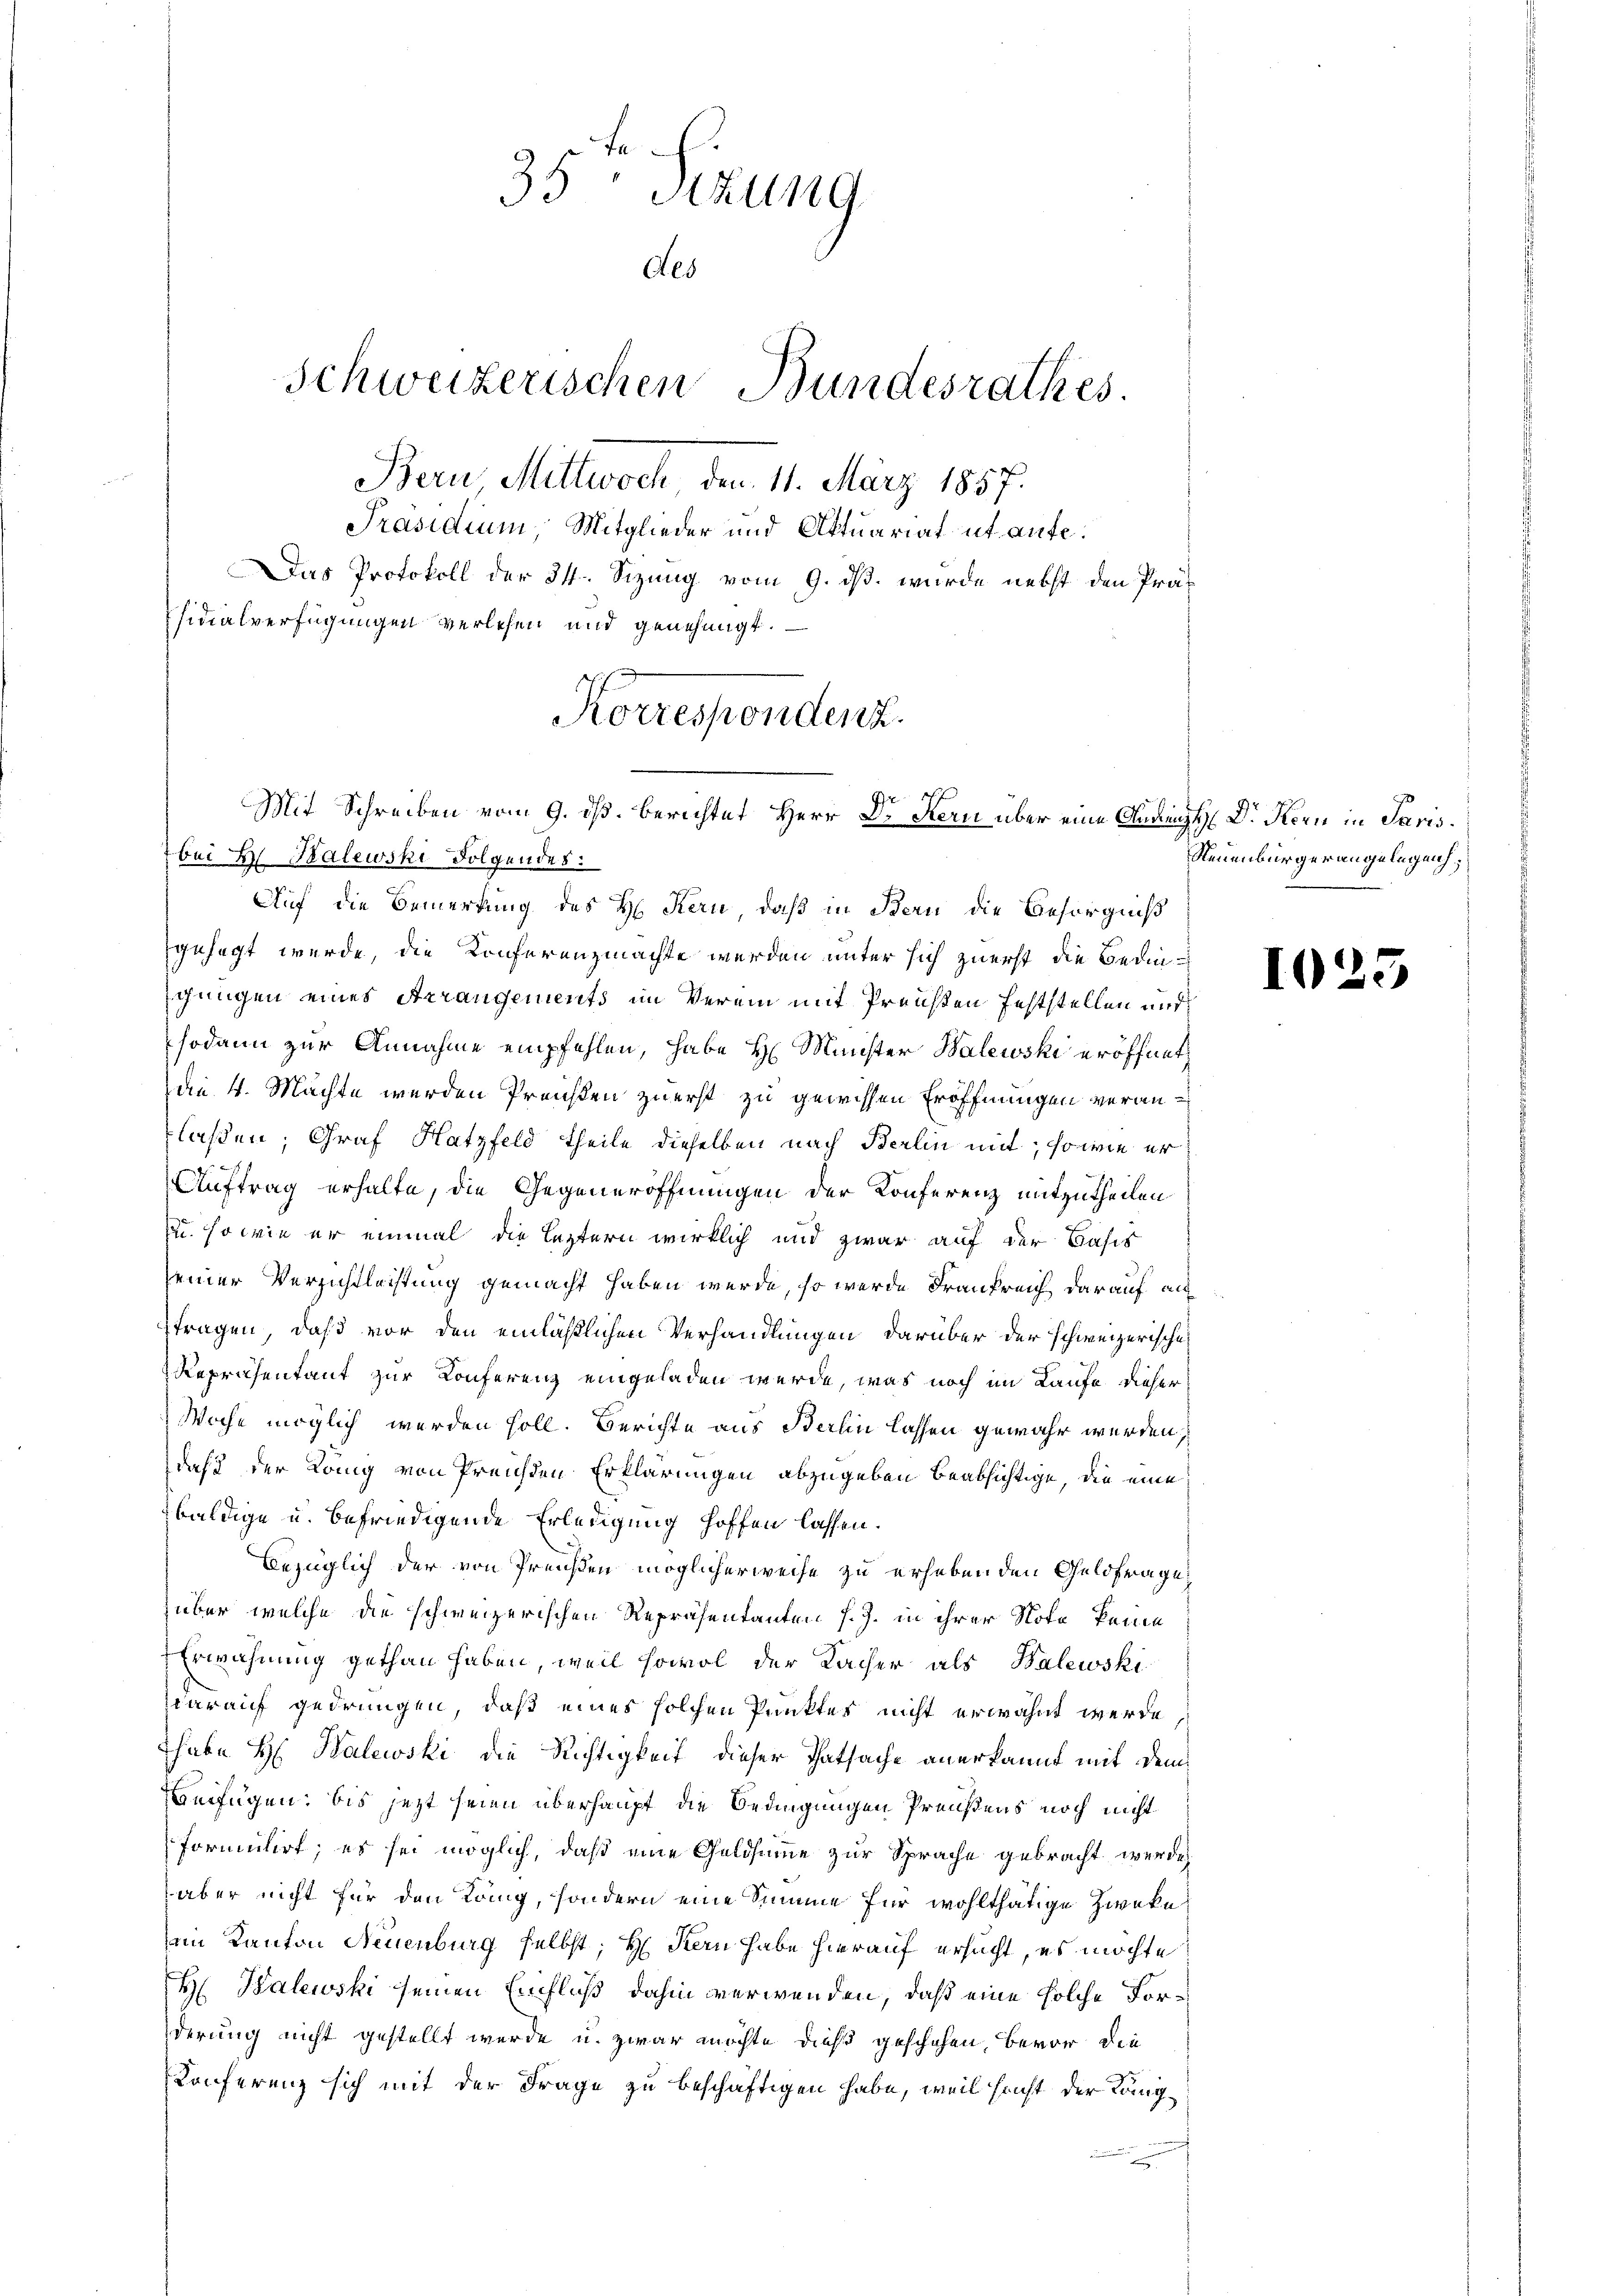
35 Stzung
Aes
Schweizerischen Bundesrathes.
Bern Mittwoch den 11. März 1857.
Präsidium, Mitglieder und Aktuariat ut aufe¬
Das Protokoll der 34. Sizung vom 9. ds. wurde nebst den Präsidialverfügungen verlesen und genehmigt.
Korrespondenz.
Mit Schreiben vom 9. ds. berichtet Herr Dr Kern über eine Anging Dr. Korn in Paris.

bei B. Kalewski Folgendes:
Auf die Bemerkung des H. Kern, daß in Bern die Besorgniß
gesagt werde, die Konferenzmachte werden unter sich zuerst die Bedingungen eines Arrangements im Verein mit Preisen feststellen und
sodann zur Annahme empfehlen, habe H. Münster Balewski eröffnet
die 4. Machte werden Preisen zuerst zu gewissen Eröffnungen veranlaßen; Graf Hatzfeld theile dieselben nach Berlin mit, sowie er

Auftrag erhalte, die Gegeneröffnungen der Konferenz mitzutheilen
u. so wie er einmal die leztern wirklich und zwar auf der Basis
seiner Verzichtleistung gemacht haben werde, so werde Frankreich darauf au
ftragen, daß vor den einläßlichen Verhandlungen darüber der schweizerische
Reprichentant zur Konferenz eingeladen wurde, was noch im Laufe dieser
Woche möglich werden soll. Berichte aus Berlin lassen gewahr werden,
daß der Köng von Preichen Erklärungen abzugeben beabsichtige, die eine
baldige u. befriedigende Erledigung hoffen lassen.
bezüglich der von Preißen möglicherweise zu erhebenden Geldfrage
über, welche die schweizerischen Repräsentanten s. Z. in ihrer Note keine
Erwähnung gethan haben, weil sowol der Kacher als Balewski
darauf gedrungen, daß eines solchen Punkter nicht erwähnt werde
Thabe H: Halewski die Richtigkeit dieser Thatsache anerkannt mit dem
ufügen, bis jetzt seien überhaupt die Bedingungen Preußens noch nicht
formulirt; es sei möglich, daß eine Geldsumme zur Sprache gebracht werde
aber nicht für den König, sondern eine Summe für wohlthätige Zweke
im Kanton Neuenburg selbst; H. Stern habe hierauf ersucht, es möchte
H. Kalewski seinen Einfluß dahin verwenden, daß eine solche Forderung nicht gestellt wurde u. zwar möchte dieß geschehen, bevor die
Konferenz sich mit der Frage zu beschäftigen habe, weil sicht der Längx

Neuenburgerangelegenh

I